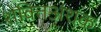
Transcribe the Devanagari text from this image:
शक्तिअंशक